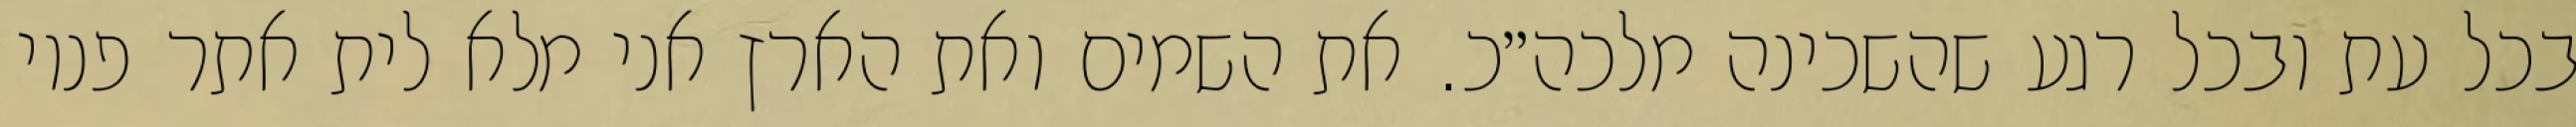
בכל עת ובכל רגע שהשכינה מלכה״כ. את השמים ואת הארץ אני מלא לית אתר פנוי